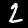
Digit: 2